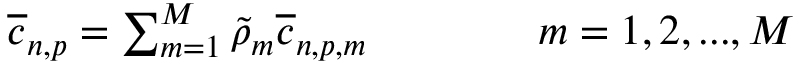
\begin{array} { r } { \overline { { c } } _ { n , p } = \sum _ { m = 1 } ^ { M } \widetilde { \rho } _ { m } \overline { { c } } _ { n , p , m } \qquad \qquad m = 1 , 2 , . . . , M } \end{array}